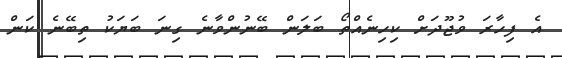
އެ ފިހާރަ ވުޖޫދަށް ކިހިނެއްތޯ ބަލަން ބޭނުންވާނެ ގިނަ ބަޔަކު ތިބޭނެ ކަން